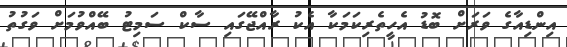
އިންޑިއާގެ ވަރަށް ބޮޑު އެހީތެރިކަމަކާ އެކު ރާއްޖޭގައި ސާކް ސަމިޓު ބޭއްވުމަށް ވަގުތު